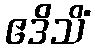
ဧဒိသိံ